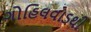
ગોહિલવાડથી